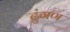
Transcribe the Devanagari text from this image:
ढुंगण